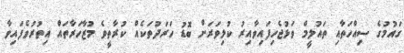
ގައުމުގެ ސިއްހަތާއި ތައުލީމް ވަޅުޖެހިފައިވާއިރު ކުޅިވަރަށް ބޮޑު ހަރަދުތަކެއް ކުރާތީވެ މުޒާހަރާތައް އިތުރުވެފައިވާ